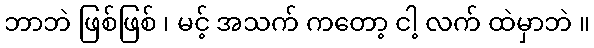
ဘာဘဲ ဖြစ်ဖြစ် ၊ မင့် အသက် ကတော့ ငါ့ လက် ထဲမှာဘဲ ။